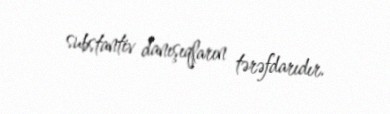
substantiv danışıqların tərəfdarıdır.